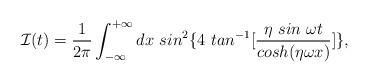
LaTeX: \begin{align*}{\cal I}(t)=\frac{1}{2\pi}\int_{-\infty}^{+\infty}dx\ sin^2\{4\ tan^{-1}[\frac{\eta\ sin\ \omega t}{cosh(\eta\omega x)}]\},\end{align*}